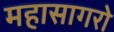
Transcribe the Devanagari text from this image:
महासागरो